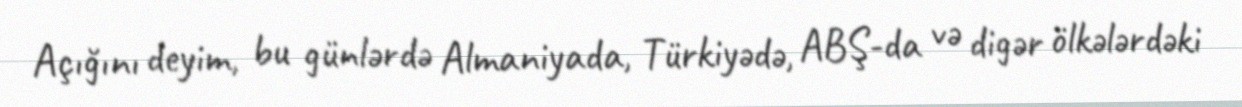
Açığını deyim, bu günlərdə Almaniyada, Türkiyədə, ABŞ-da və digər ölkələrdəki